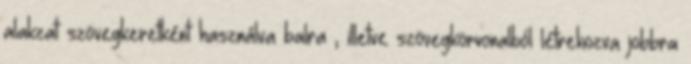
alakzat szövegkeretként használva balra , illetve szövegkörvonalból létrehozva jobbra